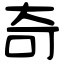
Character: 奇